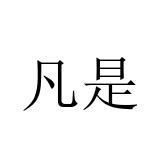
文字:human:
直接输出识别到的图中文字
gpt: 凡是